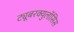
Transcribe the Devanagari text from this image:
ट्यूबरक्युलॉसिस